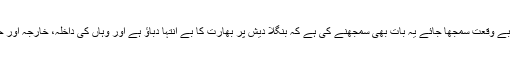
ضروری نہیں کہ بنگلا دیش کی حکومت کو ہمیشہ کمزور اور بے وقعت سمجھا جائے یہ بات بھی سمجھنے کی ہے کہ بنگلا دیش پر بھارت کا بے انتہا دباؤ ہے اور وہاں کی داخلہ، خارجہ اور حتیٰ کہ معاشی پالیسیاں بھی بھارتی دباؤ کے تحت چل رہی ہے۔